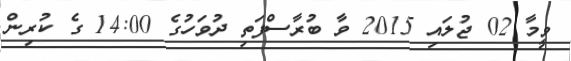
ވީމާ 02 ޖުލައި 2015 ވާ ބުރާސްފަތި ދުވަހުގެ 14:00 ގެ ކުރިން